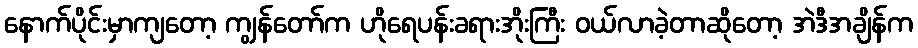
နောက်ပိုင်းမှာကျတော့ ကျွန်တော်က ဟိုရေပန်းခရားအိုးကြီး ဝယ်လာခဲ့တာဆိုတော့ အဲဒီအချိန်က